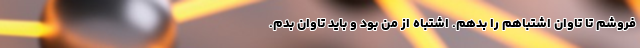
‌فروشم تا تاوان اشتباهم را بدهم. اشتباه از من بود و باید تاوان بدم.